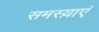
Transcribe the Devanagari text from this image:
समस्य़ाएं